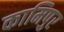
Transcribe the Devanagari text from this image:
कामिपुर